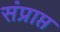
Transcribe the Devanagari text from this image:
संप्राप्त